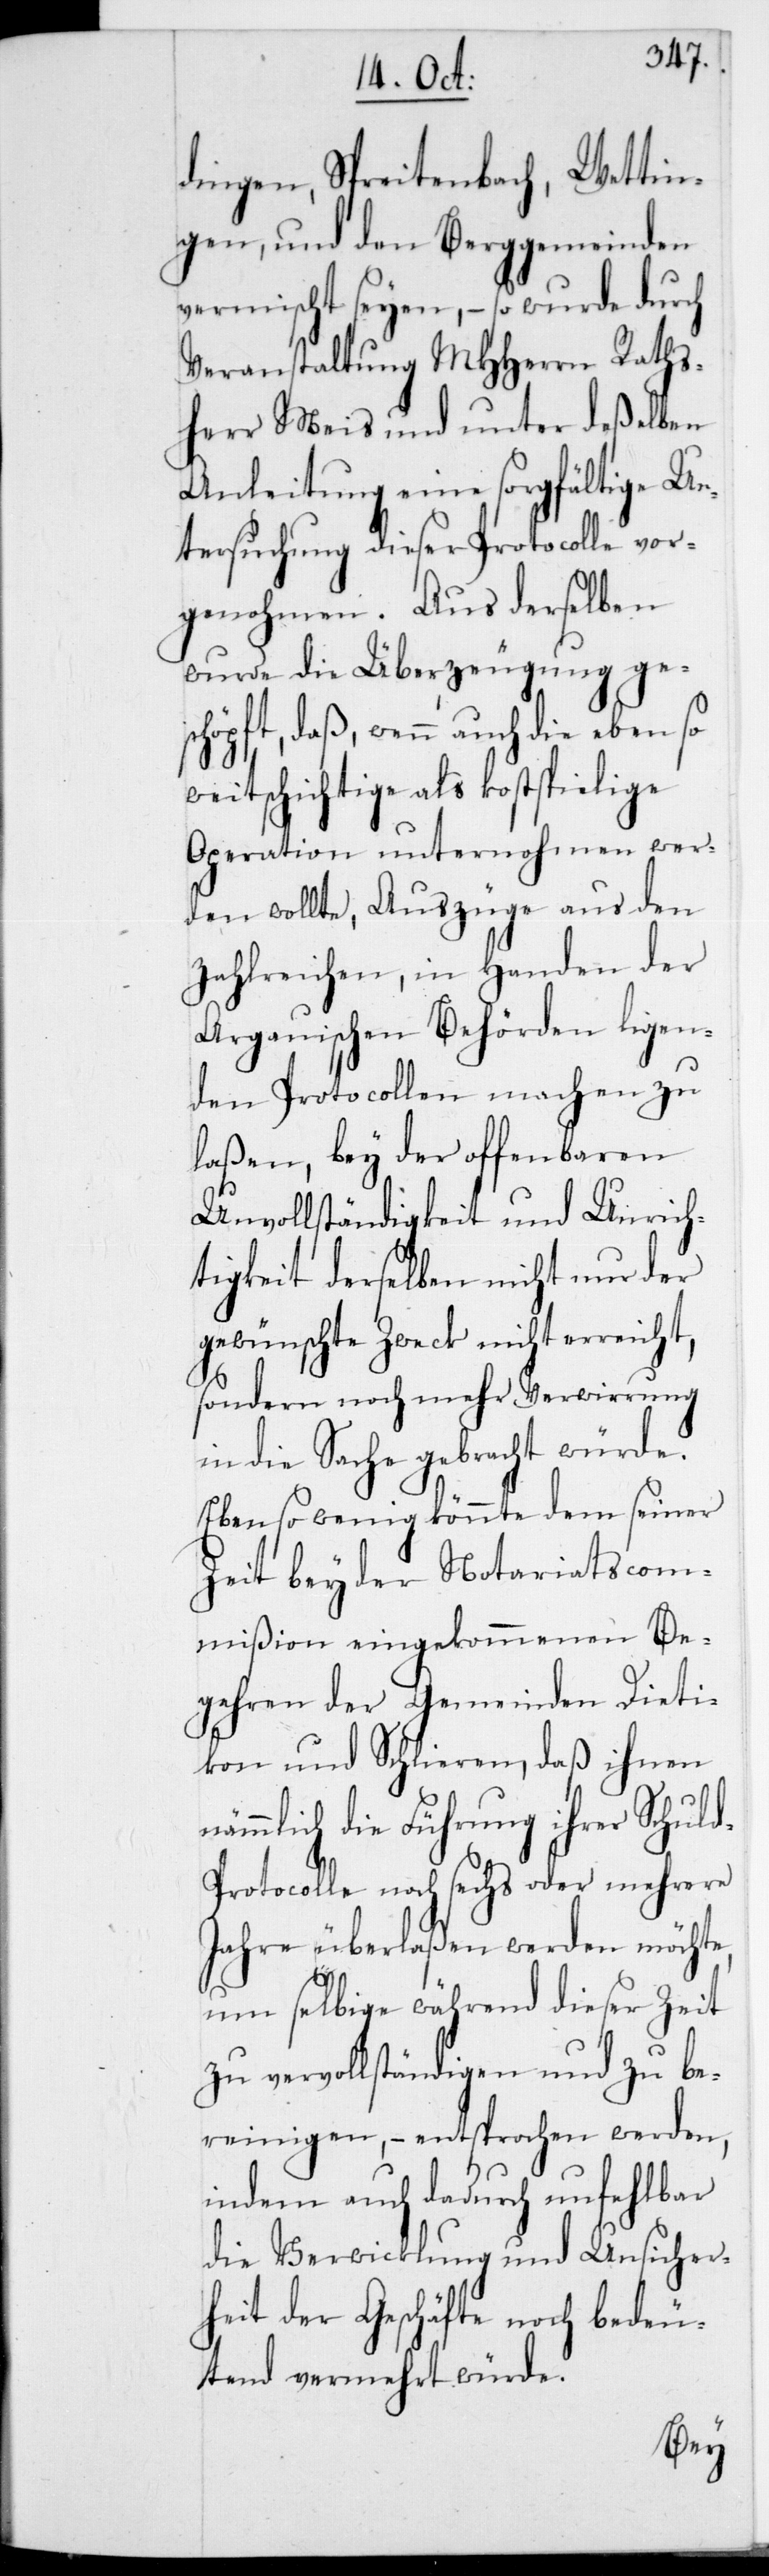
dingen, Spreitenbach, Wettin¬
gen und den Berggemeinden
vermischt seyen, – so wurde durch
Veranstaltung MHHerrn Raths¬
herr Meis und unter deßelben
Anleitung eine sorgfältige Un¬
tersuchung dieser Protocolle vor¬
genohmen. Aus derselben
wurde die Überzeugung gesch¬
öpft, daß wenn auch die ebenso
weitschichtige als kostspielige
Operation unternohmen wer¬
den wollte, Auszüge aus den
zahlreichen, in Handen der
Argauischen Behörden liegen¬
den Protocollen machen zu
laßen, bey der offenbaren
Unvollständigkeit und Unrich¬
tigkeit derselben nicht nur der
gewünschte Zweck nicht erreicht,
sondern noch mehr Verwirrung
in die Sache gebracht würde.
Ebenso wenig könnte dem seiner
Zeit bey der Notariatscom¬
mißion eingekommenen Be¬
gehren der Gemeinden Dieti¬
kon und Schlieren, daß ihnen
nämmlich die Führung ihrer Schuld¬
protocolle noch sechs oder mehrere
Jahre überlaßen werden möchte,
um selbige während dieser Zeit
zu vervollständigen und zu be¬
reinigen, – entsprochen werden,
indem auch dadurch unfehlbar
die Verwicklung und Unsicher¬
heit der Geschäfte noch bedeu¬
tend vermehrt würde.